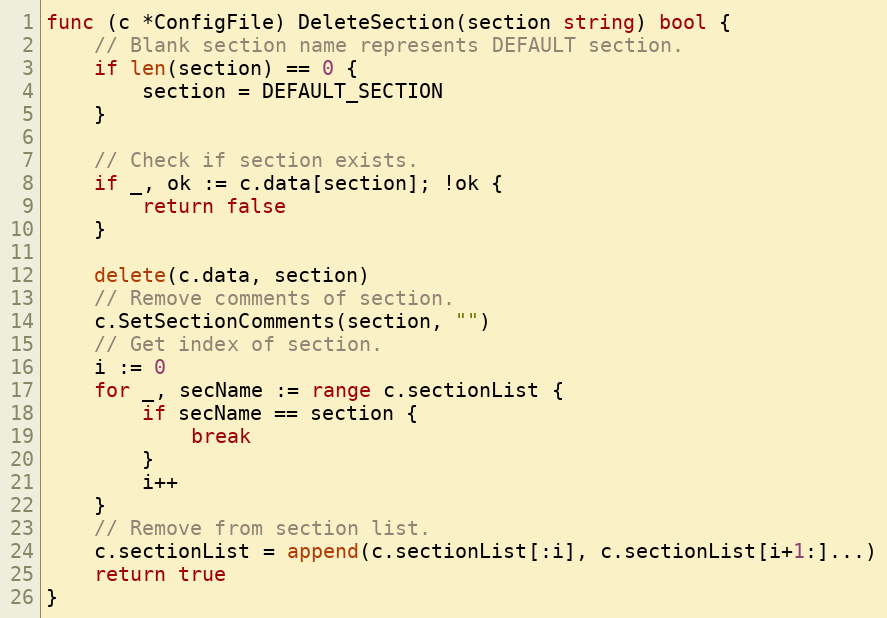
Language: Go
func (c *ConfigFile) DeleteSection(section string) bool {
	// Blank section name represents DEFAULT section.
	if len(section) == 0 {
		section = DEFAULT_SECTION
	}

	// Check if section exists.
	if _, ok := c.data[section]; !ok {
		return false
	}

	delete(c.data, section)
	// Remove comments of section.
	c.SetSectionComments(section, "")
	// Get index of section.
	i := 0
	for _, secName := range c.sectionList {
		if secName == section {
			break
		}
		i++
	}
	// Remove from section list.
	c.sectionList = append(c.sectionList[:i], c.sectionList[i+1:]...)
	return true
}